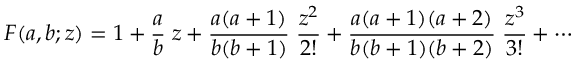
F ( a , b ; z ) = 1 + { \frac { a } { b } } \; z + { \frac { a ( a + 1 ) } { b ( b + 1 ) } } \; { \frac { z ^ { 2 } } { 2 ! } } + { \frac { a ( a + 1 ) ( a + 2 ) } { b ( b + 1 ) ( b + 2 ) } } \; { \frac { z ^ { 3 } } { 3 ! } } + \cdots